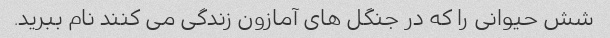
شش حیوانی را که در جنگل های آمازون زندگی می کنند نام ببرید.